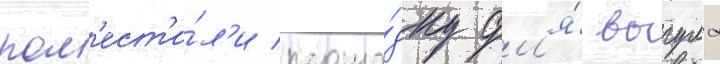
пом'ест'и́л'и площа́дку дл'я́ выгула